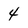
Character: 4